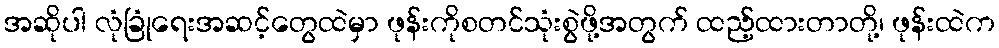
အဆိုပါ လုံခြုံရေးအဆင့်တွေထဲမှာ ဖုန်းကိုစတင်သုံးစွဲဖို့အတွက် ထည့်ထားတာတို့၊ ဖုန်းထဲက